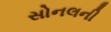
સોનલની